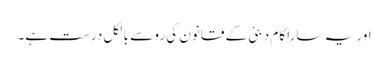
اور یہ سارا کام دبئی کے قانون کی رو سے بالکل درست ہے۔